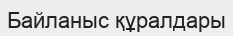
Байланыс құралдары